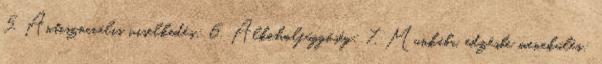
5. Antiszociális viselkedés; 6. Alkoholfüggőség; 7. Munkába, edzésbe menekülés;